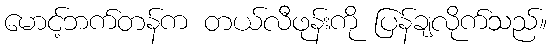
မောင့်ဘက်တန်က တယ်လီဖုန်းကို ပြန်ချလိုက်သည်။